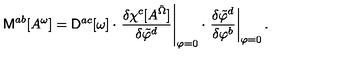
{ \sf M } ^ { a b } [ A ^ { \omega } ] = { \sf D } ^ { a c } [ \omega ] \cdot \left. \frac { \delta \chi ^ { c } [ A ^ { \tilde { \Omega } } ] } { \delta \tilde { \varphi } ^ { d } } \right| _ { \varphi = 0 } \cdot \left. \frac { \delta \tilde { \varphi } ^ { d } } { \delta \varphi ^ { b } } \right| _ { \varphi = 0 } .